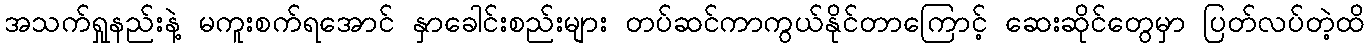
အသက်ရှုနည်းနဲ့ မကူးစက်ရအောင် နှာခေါင်းစည်းများ တပ်ဆင်ကာကွယ်နိုင်တာကြောင့် ဆေးဆိုင်တွေမှာ ပြတ်လပ်တဲ့ထိ